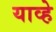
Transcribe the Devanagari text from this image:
याव्‍हे